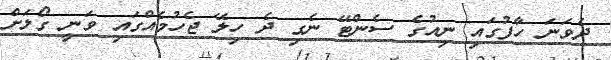
ދެވަނަ ހާފުގައި ނިއުގެ ސެންޓޭ ނެގި ދެ ހިލޭ ޖެހުމެއްގައި ވަނީ ގޯލަށް